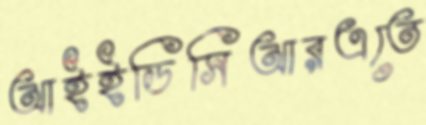
আইইডিসিআরএতে